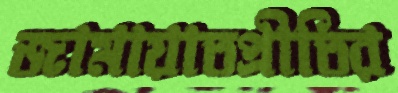
জামায়াতপ্রীতির